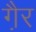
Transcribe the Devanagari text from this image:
गै़र